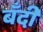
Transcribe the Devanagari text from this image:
बँदी